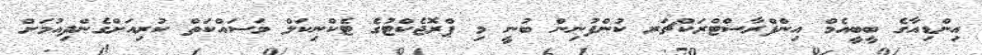
އިންޑިއާގެ ބީބީއެމް އިންފްރާސްޓްރަކްޗަރ ކުންފުނިން ބުނީ މި ޕްރޮޖެކްޓުގެ ޓެކްނިކަލް މަސައްކަތް ކުރިއަށްގެންދިއުމަށް